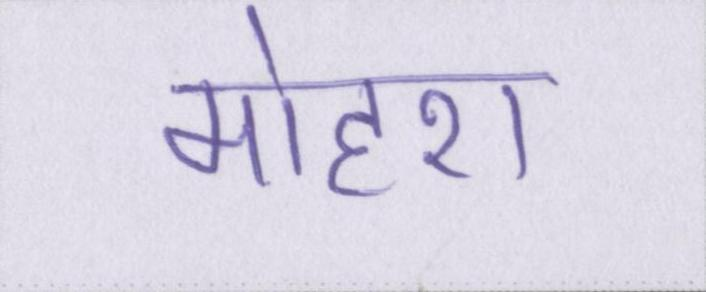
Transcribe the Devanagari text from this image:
मोहरा